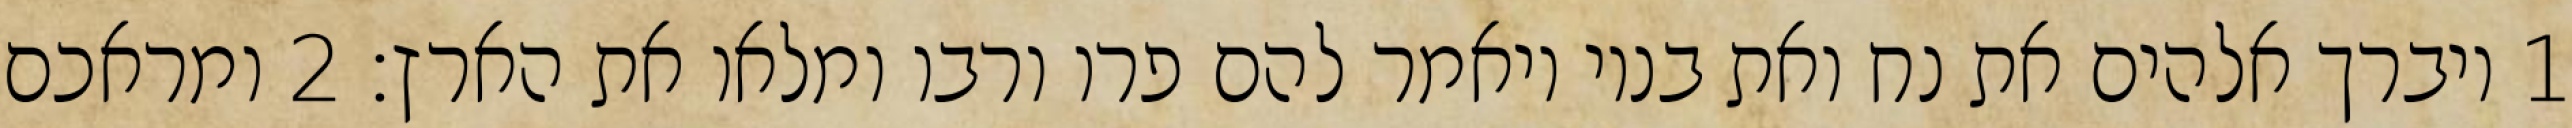
1 ויברך אלהים את נח ואת בניו ויאמר להם פרו ורבו ומלאו את הארץ׃ ‎2‏ ומראכם